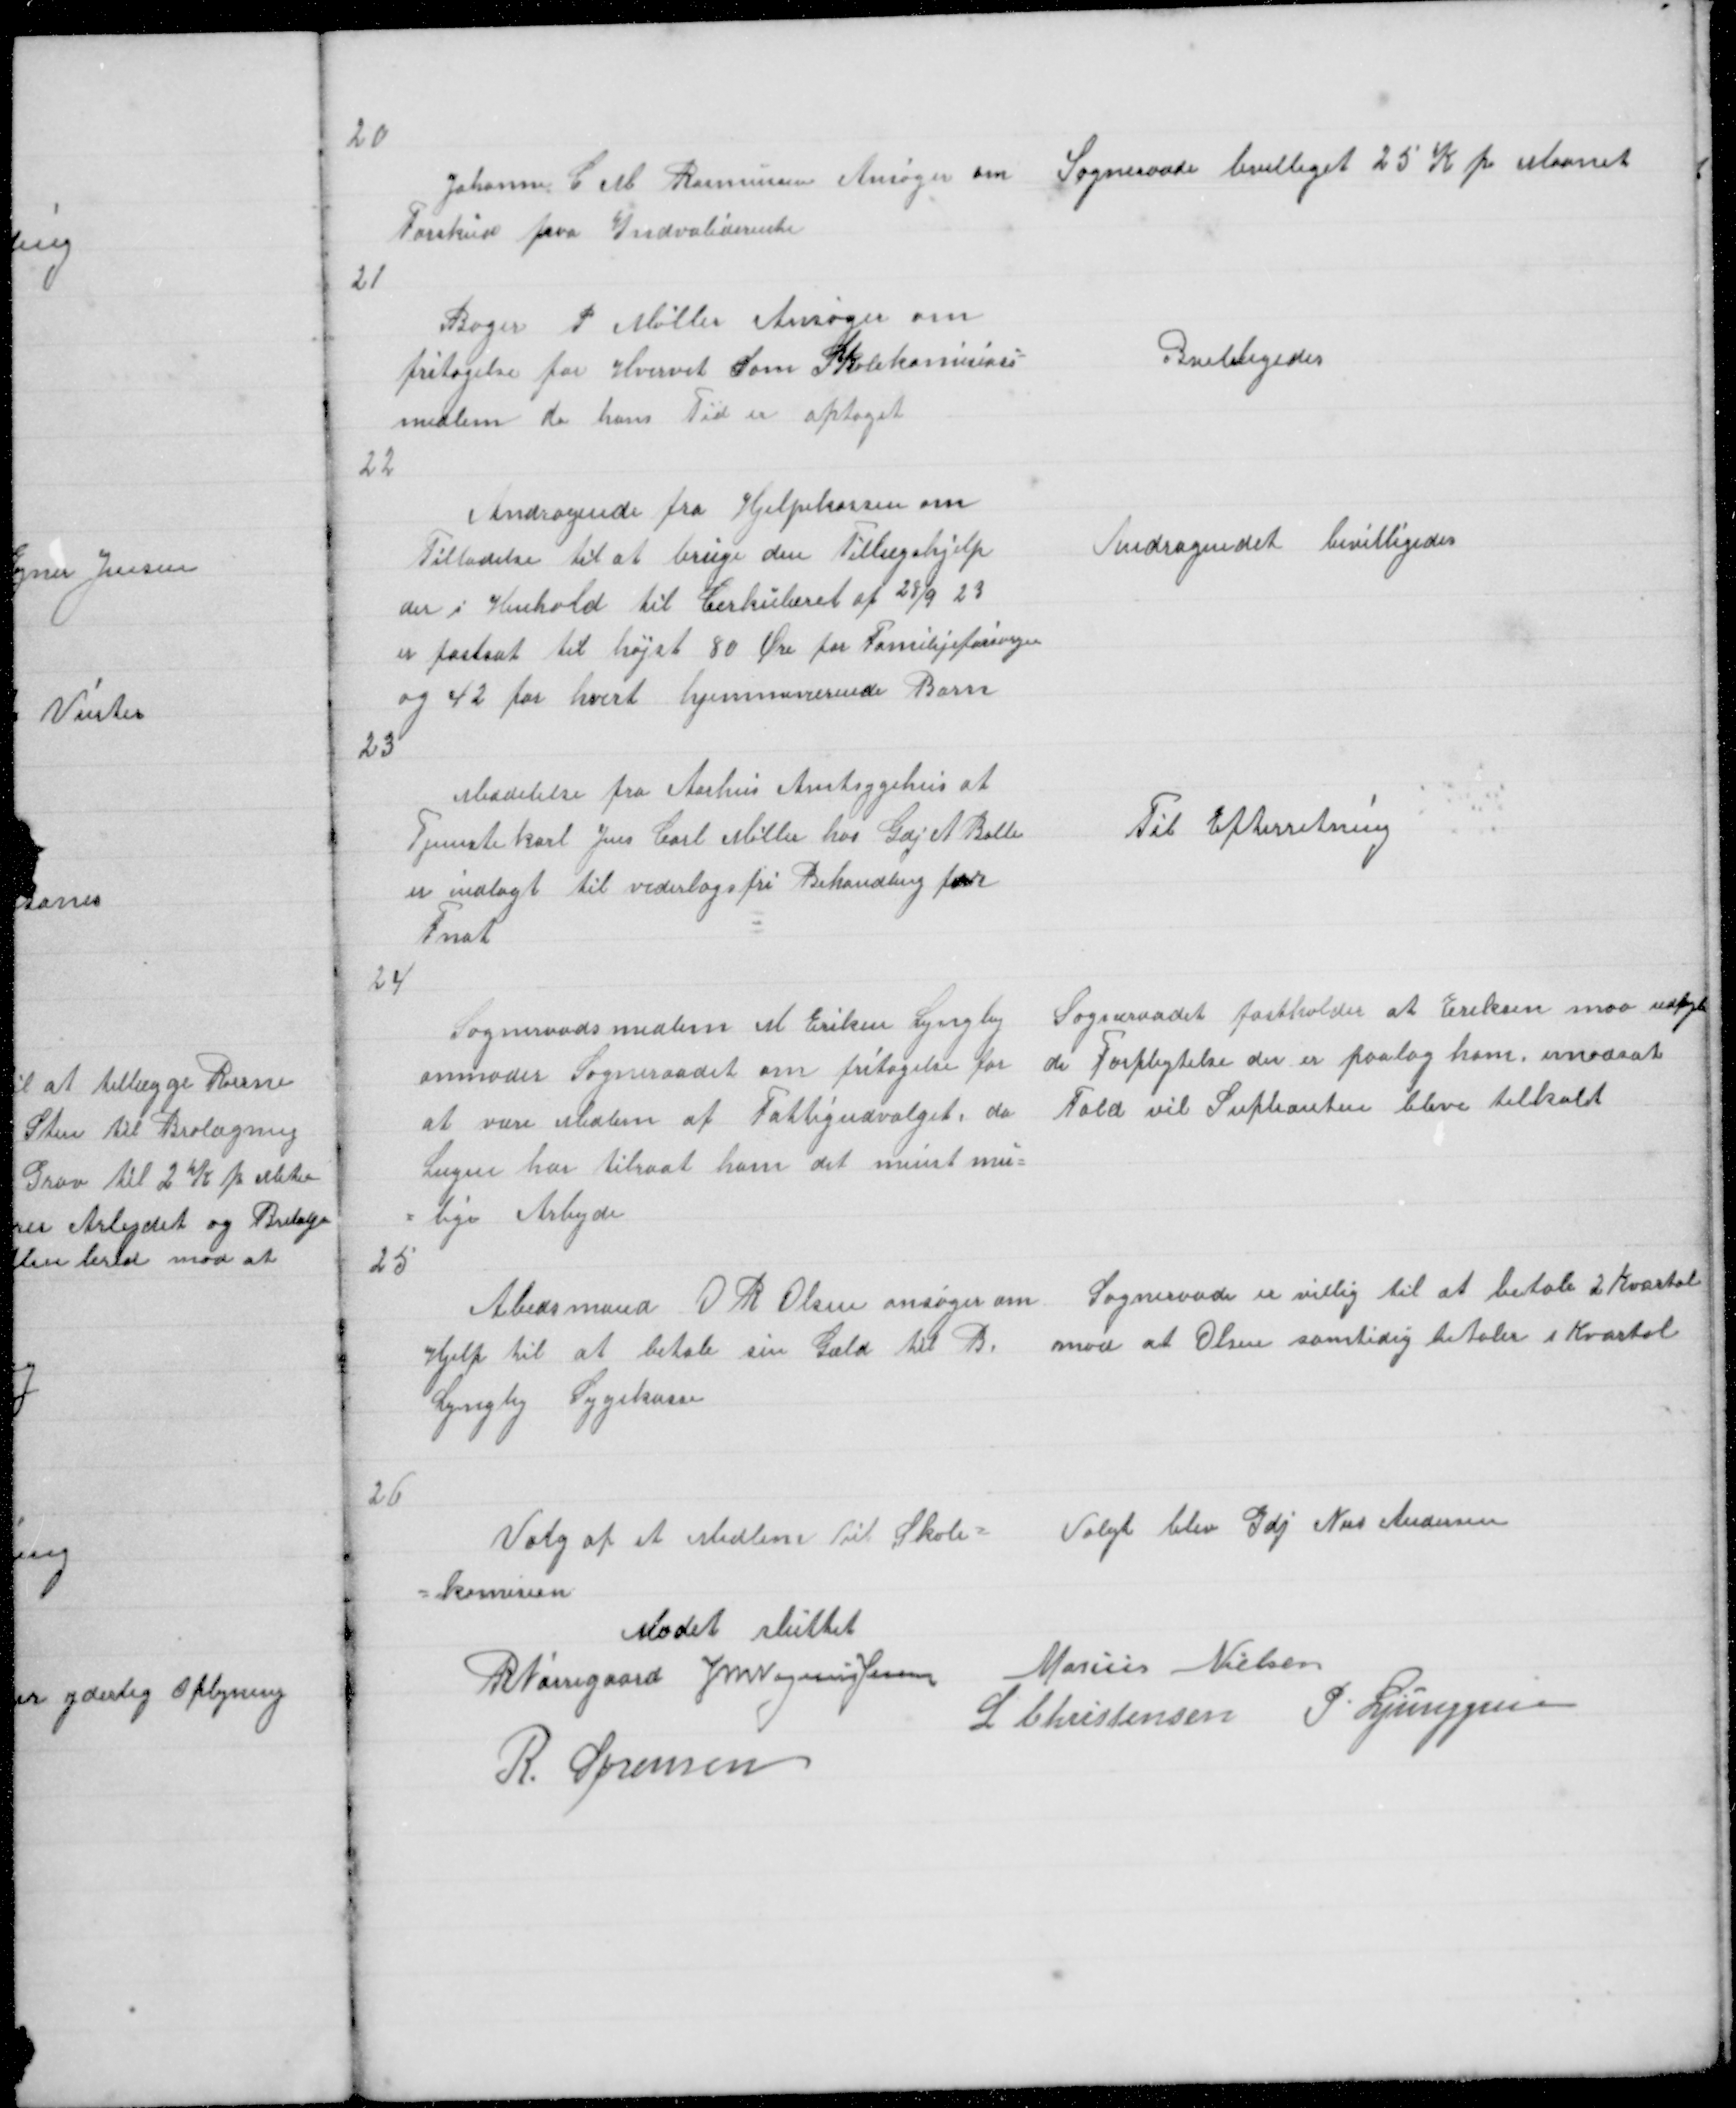
Transskription:
20

Johanne C M Rasmussen Ansøger om
Forskud paa Indvaliderente

Sogneraade bevilliget 25 K pr Maanet

21

Bager P Møller Ansøger om
fritagelse for Hvervet som Skolekomisions =
medlem da hans Tid er optaget

Bvililigedes

22
Andragende fra Hjelpekassen om
Tilladelse til at bruge den Tillægshjelp
der i Henhold til Cirkulæret af 28/9 23
er fastsat til højst 80 Øre for Familijeforsørger
og 42 for hvert hjemmeværende Barn

Andragendet bevilligedes

23

Meddelelse fra Aarhus Amtsygehus at
Tjenestekarl Jens Carl Møller hos Gdj A Balle
er indlagt til vederlagsfri Behandling for
Fnat

Til Efterretning

24
Sogneraadsmedlem M Eriksn Lyngby
anmoder Sogneraadet om fritagelse for
at være Medlem af Fattigudvalget, da
Lægen har tilraat ham det minst mu=
= lige Arbejde

Sogneraadet fastholder at Eriksen maa udfyl
de Forpligtelse der er paalag ham imodsat
Fald vil Suplianten blive tilkalt

25

Arbedsmand O R Olsen ansøger om
Hjelp til at betale sin Gæld til B.
Lyngby Sygekasse

Sogneraade er villig til at betale 2 Kvartal
mod at Olsen samtidig betaler 1 Kvartal

26
Valg af et Medlem til Skole =
= komision

Valgt blev Gdj Niis Andersen

Mødet sluttet
R Nørregaard J M Vogelius Jensen Marius Nielsen
L Christensen P Ljunggren
R. Sørensen